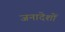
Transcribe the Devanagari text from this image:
जनादेशों